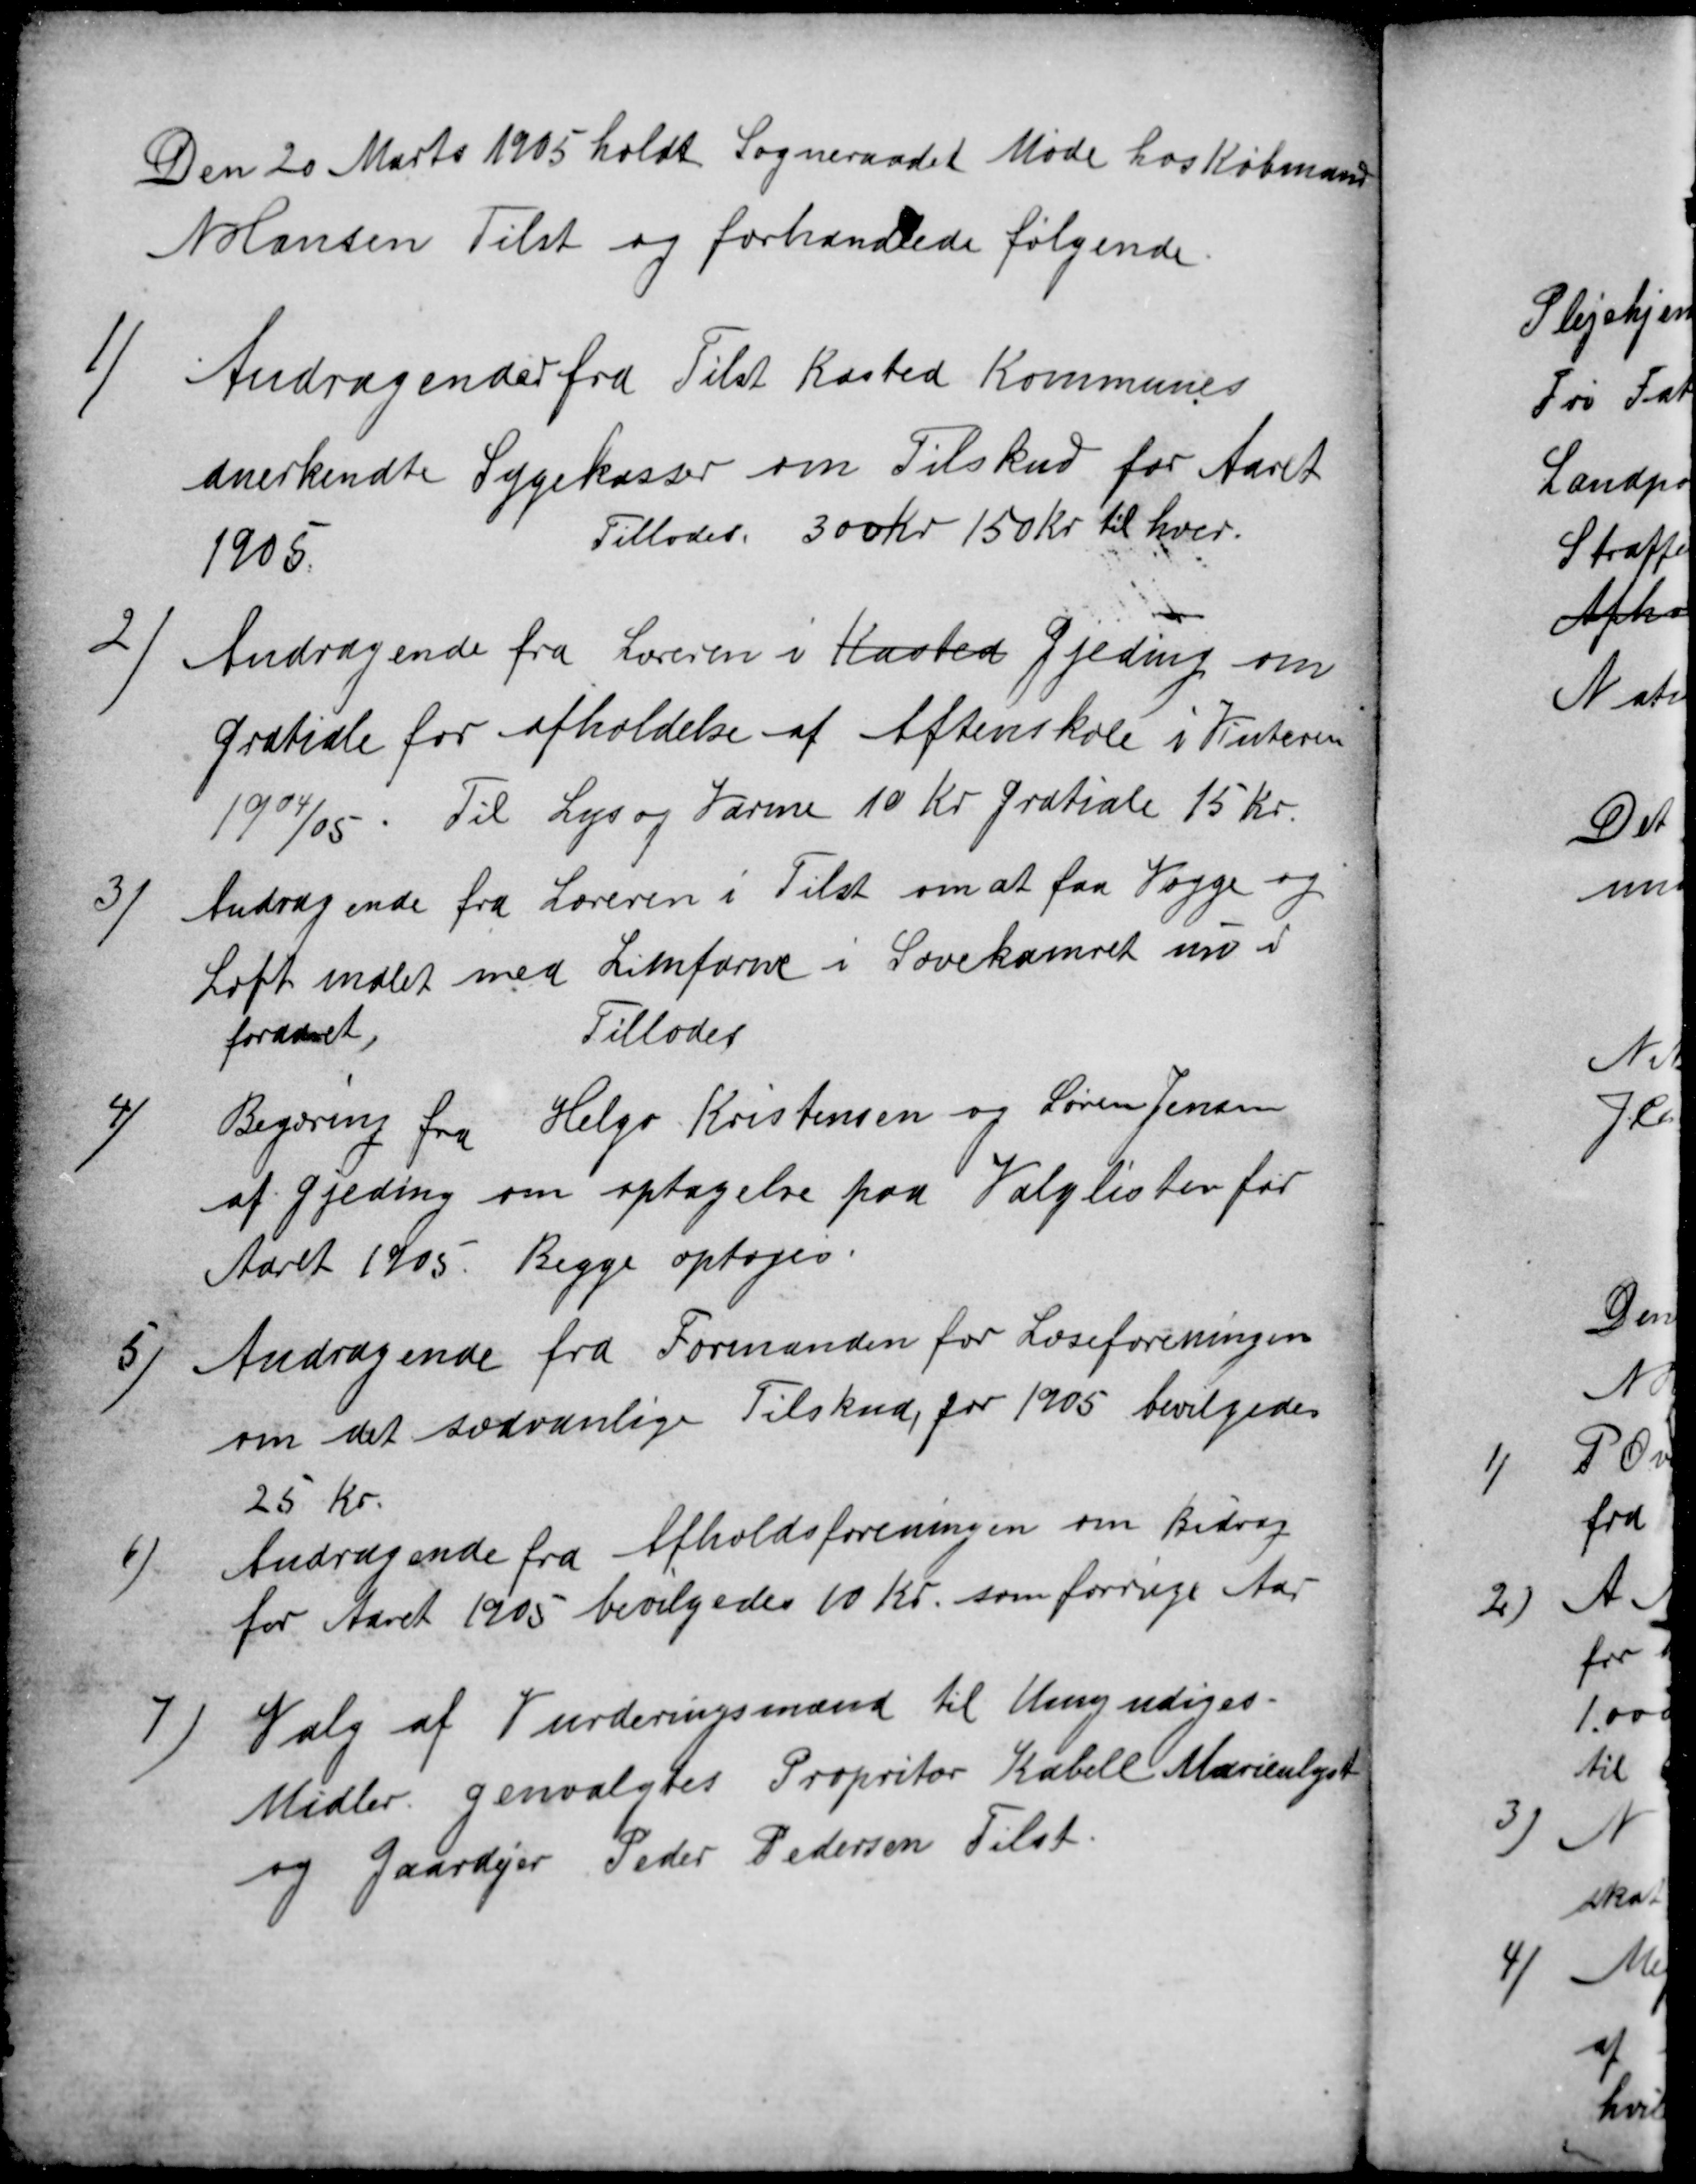
Transskription:
Den 20 Marts 1905 holdt Sogneraadet Møde hos Købmand
N Hansen Tilst og forhandlede følgende.
1
Andragende fra Tilst Kasted Kommunes
anerkendte Sygekasser om Tilskud for Aaret
1905.
Tillodes 300 Kr 150 Kr til hver.
2
Andragende fra Læreren i Kasted Gjeding om
Gratiale for afholdelse af Aftenskole i Vinteren
1904/05. Til Lys og Varme 10 Kr Gratiale 15 Kr.
3)
Andragende fra Læreren i Tilst om at faa Vægge og
Loft malet med Limfarve i Sovekamret nu i
foraaret,
Tillodes
4)
Begæring fra Helgo Kristensen og Søren Jensen
af Gjeding om optagelse paa Valglister for
Aaret 1905. Begge optoges.
5)
Andragende fra Formanden for Læseforeningen
om det sædvanlige Tilskud, for 1905 bevilgedes
25 Kr.
6)
Andragende fra Afholdsforeningen om Bidrag
for Aaret 1905 bevilgedes 10 Kr. som forrige Aar
7
Valg af Vurderingsmænd til Umyndiges-
Midler. genvalgtes Propritor Kabell Marienlyst
og Gaardejer Peder Pedersen Tilst.